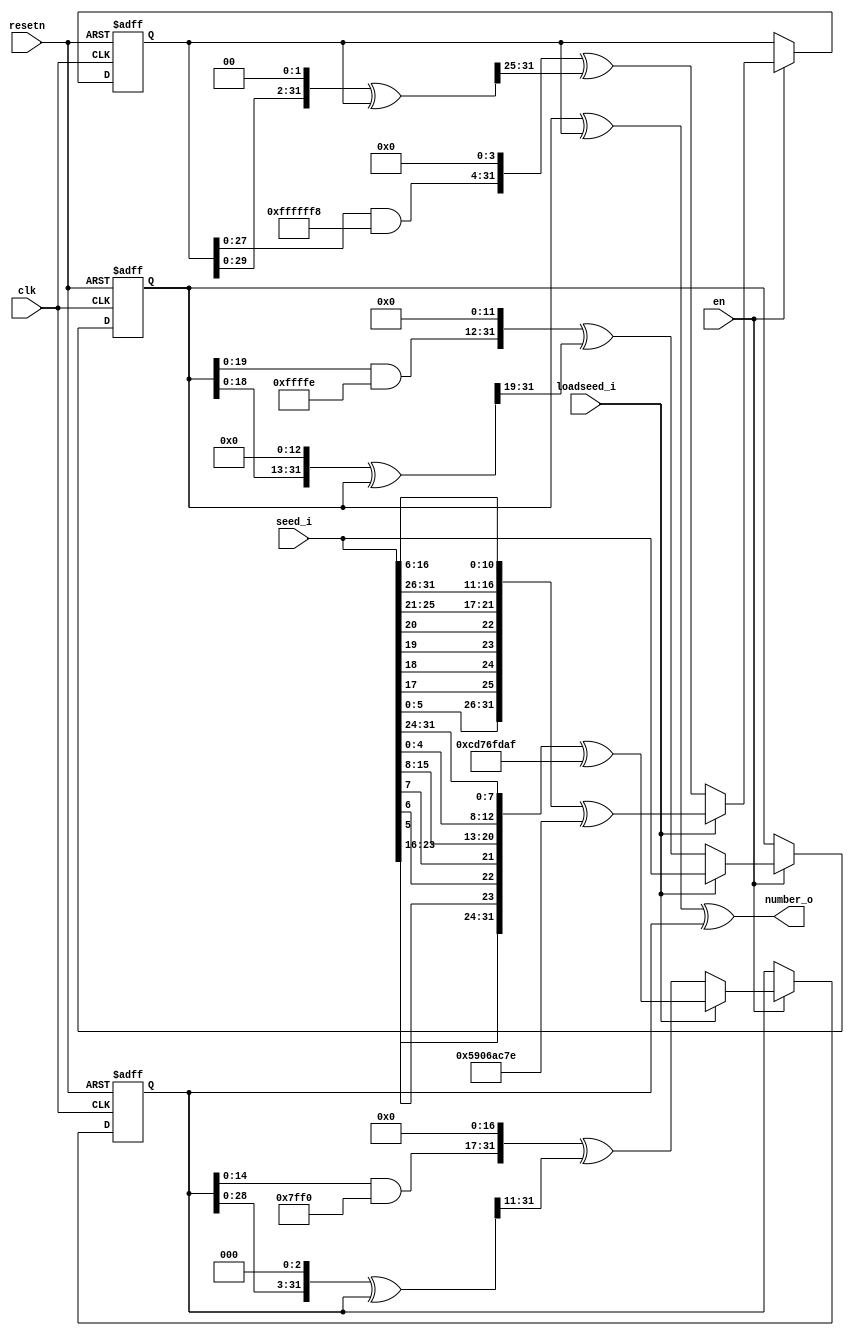
`define TRIG_WIDTH 5'b01010 //10;
`define PIPELINE_DEPTH_UPPER_LIMIT 10'b0100000000 //256;
`define ABSORB_ADDR_WIDTH 6'b010000 //16;
`define ABSORB_WORD_WIDTH 7'b01000000 //64;
`define WSCALE 22'b0111010100101111111111 //1919999;
//`define BIT_WIDTH 7'b0100000
//`define LAYER_WIDTH 6'b000011 
`define LEFTSHIFT 6'b000011         // 2^3=8=1/0.125 where 0.125 = CHANCE of roulette
`define INTCHANCE 32'b00100000000000000000000000000000 //Based on 32 bit rand num generator
`define MIN_WEIGHT 9'b011001000 
`define BIT_WIDTH 7'b0100000
`define LAYER_WIDTH 6'b000011
`define INTMAX 32'b01111111111111111111111111111111
`define INTMIN 32'b10000000000000000000000000000000
`define DIVIDER_LATENCY 6'b011110
`define FINAL_LATENCY 6'b011100
`define MULT_LATENCY 1'b1
`define ASPECT_RATIO 6'b000111
`define TOTAL_LATENCY 7'b0111100
//`define BIT_WIDTH 6'b100000
//`define LAYER_WIDTH 6'b000011
`define LOGSCALEFACTOR 6'b000101
`define MAXLOG 32'b10110001011100100001011111110111		//Based on 32 bit unsigned rand num generator
`define CONST_MOVE_AMOUNT 15'b110000110101000  //Used for testing purposes only
`define MUTMAX_BITS 6'b001111
//`define BIT_WIDTH 6'b100000
//`define LAYER_WIDTH 6'b000011
//`define INTMAX 32'b01111111111111111111111111111111
//`define INTMIN 32'b10000000000000000000000000000000
//`define BIT_WIDTH 7'b0100000
`define MANTISSA_PRECISION 6'b001010
`define LOG2_BIT_WIDTH 6'b000110
`define LOG2 28'b0101100010111001000010111111
`define NR 10'b0100000000             
`define NZ 10'b0100000000              
`define NR_EXP 5'b01000              //meaning `NR=2^`NR_exp or 2^8=256
`define RGRID_SCLAE_EXP 6'b010101    //2^21 = RGRID_SCALE
`define ZGRID_SCLAE_EXP 6'b010101    //2^21 = ZGRID_SCALE
//`define BIT_WIDTH 7'b0100000
`define BIT_WIDTH_2 8'b01000000
`define WORD_WIDTH 8'b01000000
`define ADDR_WIDTH 6'b010000          //256x256=2^8*2^8=2^16
`define DIV 6'b010100//20;
`define SQRT 5'b01010 //10;
`define LAT 7'b0100101 //DIV + SQRT + 7;
`define INTMAX_2 {32'h3FFFFFFF,32'h00000001}
//`define INTMAX 32'b01111111111111111111111111111111//2147483647;
//`define INTMIN 32'b10000000000000000000000000000001//-2147483647;
`define INTMAXMinus3 32'b01111111111111111111111111111100//2147483644;
`define negINTMAXPlus3 32'b10000000000000000000000000000100//-2147483644;
`define INTMAX_2_ref {32'h3FFFFFFF,32'hFFFFFFFF}
`define SIMULATION_MEMORY

module rng(clk, en, resetn,loadseed_i,seed_i,number_o);
input clk;
input resetn;
input en; 
input loadseed_i;
input [31:0] seed_i;
output [31:0] number_o;

wire [31:0] number_o;

reg [31:0] c_b1, c_b2, c_b3;
reg [31:0] c_s1, c_s2, c_s3;

reg [31:0] r_s1, r_s2, r_s3;

assign number_o = r_s1 ^ r_s2 ^ r_s3;

always @(loadseed_i or seed_i or r_s1 or r_s2 or r_s3)
begin
	if(loadseed_i)
	begin
		c_b1 = 32'b0;
		c_s1 = seed_i;
		c_b2 = 32'b0;
		c_s2 = {seed_i[5:0], seed_i[17], seed_i[18], seed_i[19], seed_i[20], seed_i[25:21], seed_i[31:26], seed_i[16:6]} ^ 32'd1493609598;
		c_b3 = 32'b0;
		c_s3 = {seed_i[23:16], seed_i[5], seed_i[6], seed_i[7], seed_i[15:8], seed_i[4:0], seed_i[31:24]} ^ 32'd3447127471;
	end
	else
	begin
		c_b1 = (((r_s1 << 13) ^ r_s1) >> 19);
		c_s1 = (((r_s1 & 32'd4294967294) << 12) ^ c_b1);
		c_b2 = (((r_s2 << 2) ^ r_s2) >> 25);
		c_s2 = (((r_s2 & 32'd4294967288) << 4) ^ c_b2);
		c_b3 = (((r_s3 << 3) ^ r_s3) >> 11);
		c_s3 = (((r_s3 & 32'd4294967280) << 17) ^ c_b3);
	end
end


//combinate:
always @(posedge clk or negedge resetn)
   begin
   if (!resetn )
      begin
      r_s1 <= 32'b0;
	  r_s2 <= 32'b0;
	  r_s3 <= 32'b0;
      end
   else if (en)   //Originally else only
      begin
		  r_s1 <= c_s1;
		  r_s2 <= c_s2;
		  r_s3 <= c_s3;
	  end
   end

endmodule